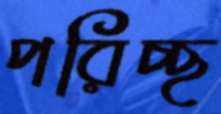
পরিচ্ছ